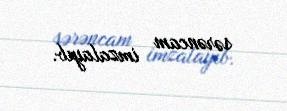
sərəncam imzalayıb.